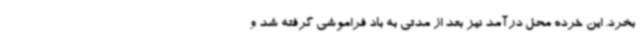
بخرد. این خرده محل درآمد نیز بعد از مدتی به باد فراموشی گرفته شد و